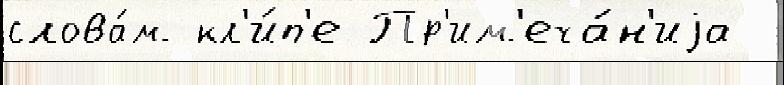
слова́м кл'и́п'е Пр'им'еча́н'иjа